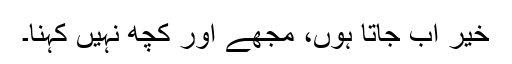
خیر اب جاتا ہوں، مجھے اور کچھ نہیں کہنا۔